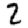
Digit: 2